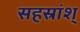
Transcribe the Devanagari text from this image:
सहस्रांश्